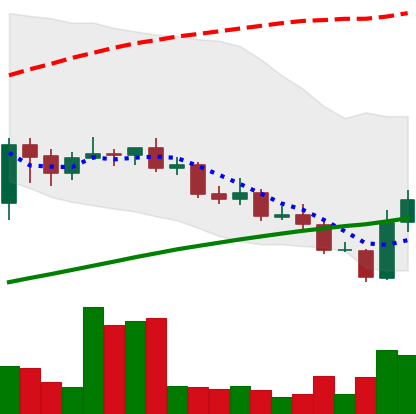
Ticker: LINK-USD
Chart end date: 2020-09-25
Forward return: -8.03%
Label: down_7plus